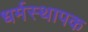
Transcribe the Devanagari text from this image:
धर्मस्थापक